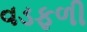
વડફળી